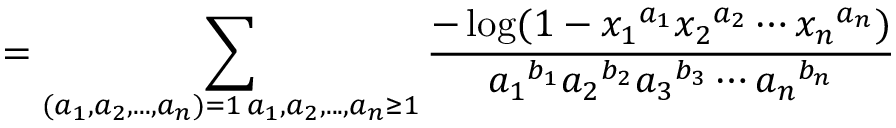
= \sum _ { \substack { ( a _ { 1 } , a _ { 2 } , . . . , a _ { n } ) = 1 \, a _ { 1 } , a _ { 2 } , . . . , a _ { n } \geq 1 } } \frac { - \log ( 1 - { x _ { 1 } } ^ { a _ { 1 } } { x _ { 2 } } ^ { a _ { 2 } } \cdots { x _ { n } } ^ { a _ { n } } ) } { { a _ { 1 } } ^ { b _ { 1 } } { a _ { 2 } } ^ { b _ { 2 } } { a _ { 3 } } ^ { b _ { 3 } } \cdots { a _ { n } } ^ { b _ { n } } }